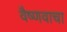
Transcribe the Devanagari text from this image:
वैष्णवाचा